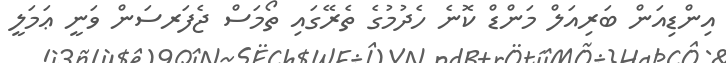
އިންޑިއަން ބަރިއަލް މަންޑް ކޮނެ ހެދުމުގެ ތެރޭގައި ތޯމަސް ޖެފަރސަން ވަނީ ޢަމަލީ